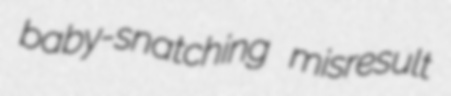
baby-snatching misresult